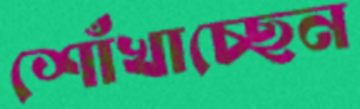
শোঁখাচ্ছেন